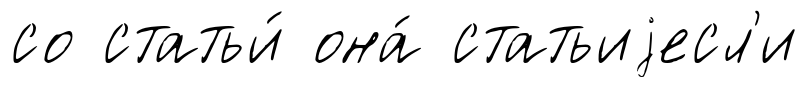
со статьи́ она́ статьиjесл'и